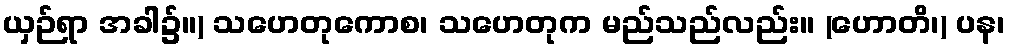
ယှဉ်ရာ အခါ၌။) သဟေတုကောစ၊ သဟေတုက မည်သည်လည်း။ (ဟောတိ၊) ပန၊